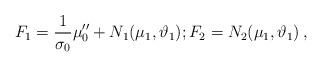
LaTeX: \begin{align*} F_1= \frac{1}{\sigma_0}\mu^{\prime\prime}_0 + N_1(\mu_1,\vartheta_1); F_2= N_2(\mu_1,\vartheta_1)\,,\end{align*}